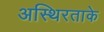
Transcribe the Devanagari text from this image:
अस्थिरताके